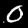
Label: 0